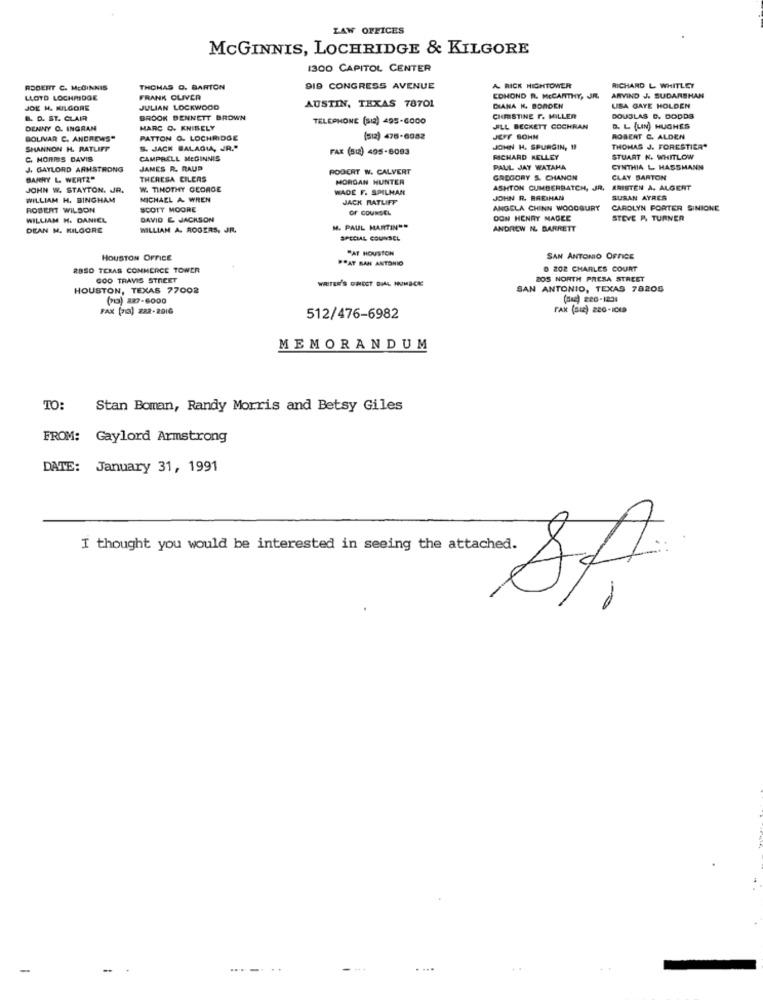
LAW OFFICES
MCGINNIS, LOCHRIDGE & KILGORE
1300 CAPITOL CENTER
ROBERT C. MCGINNIS
THOMAS O. BARTON
919 CONGRESS AVENUE
A RICK HIGHTOWER
RICHARD L WHITLEY
LLOYD LOCHMIDGE
FRANK OLIVER
EDHOND R. MCCARTHY, JR.
ARVIND J. SUDARSHAN
JOE H. KILGORE
JULIAN LOCKWOOD
AUSTIN, TEXAS 78701
DIANA K. BORDEN
LISA GAYE HOLDEN
B. D. ST. CLAIR
BROOK BENNETT BROWN
TELEPHONE (sia) 495-6000
CHRISTINE F. MILLER
DOUGLAS D. DODDS
DENNY O. INGRAN
MARC O. KNIBELY
JILL BECKETT COCHRAN
D. L (LIN) HUGHES
BOLIVAR C. ANDREWS"
PATTON &. LOCHRIDGE
(512) 476-6082
JEFF SOHN
ROBERT C. ALDEN
SHANNON H. RATLIFF
S. JACK BALAGIA, JR."
FAX (81) 495-8093
JOHN H. SPURGIN, 19
THOMAS J. FORESTIER"
C. NORMS DAVIS
CAMPRELL MEGINNIS
RICHARD KELLEY
STUART N. WHITLOW
J, GAYLORD ARMSTRONG
JAMES R. RAUP
PODERT W. CALVERT
PAUL JAY WATANA
CYNTHIA L. HASSMANN
BARRY L. WERTZ"
THERESA CILERS
MORGAN HUNTER
GREGORY S. CHANON
CLAY BARTON
JOHN W. STAYTON. JR.
W. TIMOTHY GEORGE
WADE F. SPILHAN
ASHTON CUMBERBATCH, JR.
KRISTEN A. ALGERT
WILLIAM H. BINGHAM
MICHAEL A WREN
JACK RATLIFF
JOHN R. BREIHAN
SUSAN AYRES
ROBERT WILSON
SCOTT MOORE
of COUNSEL
ANGELA CHINN WOODBURY
CAROLYN PORTER SINION
WILLIAM H. DANIEL
DAVID E JACKSON
DON HENRY MAGEE
STEVE P. TURNER
DEAN M. KILGORE
WILLIAN A. ROGERS, JR.
M. PAUL MARTIN""
ANDREW NL. BARRETT
SPECIAL COUNSEL
"AT HOUSTON
HOUSTON OFFICE
POAT SAN ANTONIO
SAN ANTONIO OFFICE
RASO TERAS CONMERCE TOWER
0 202 CHARLES COURT
GOO TRAVIS STREET
WRITER'S GHOST DIAL HUMBCKE
ZOS NORTH PRESA STREET
HOUSTON, TEXAS 77002
SAN ANTONIO, TEXAS 78205
(0) 2277-6000
(Sic) 220-1234
FAX (Dia) 222-2016
512/476-6982
MEMORANDUM
TO:
Stan Boman, Randy Morris and Betsy Giles
FROM: Gaylord Armstrong
DATE: January 31, 1991
I thought you would be interested in seeing the attached.
-
...